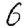
Digit: 6